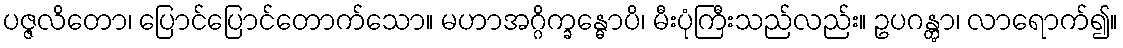
ပဇ္ဇလိတော၊ ပြောင်ပြောင်တောက်သော။ မဟာအဂ္ဂိက္ခန္ဓောပိ၊ မီးပုံကြီးသည်လည်း။ ဥပဂန္တွာ၊ လာရောက်၍။